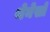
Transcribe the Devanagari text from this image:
थेनेसों